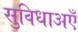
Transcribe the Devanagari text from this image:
सुविधाअएँ